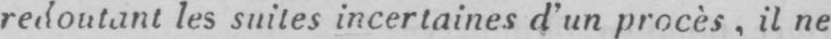
les suites incertaines d’un procès il ne